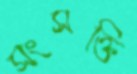
সংসক্তি